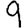
Digit: 9